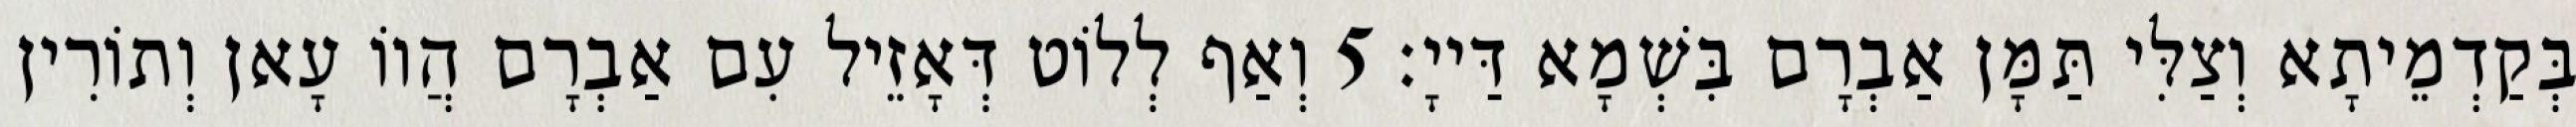
בְּקַדְמֵיתָא וְצַלִּי תַּמָּן אַבְרָם בִּשְׁמָא דַּייָ׃ 5 וְאַף לְלוֹט דְּאָזֵיל עִם אַבְרָם הֲווֹ עָאן וְתוֹרִין